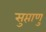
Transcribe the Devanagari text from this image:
सुप्ताणु